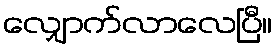
လျှောက်လာလေပြီ။